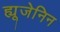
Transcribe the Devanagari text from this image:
ह्यूजेनिन